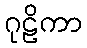
ဂုဠိကာ